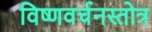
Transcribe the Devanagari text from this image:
विष्णवर्चनस्तोत्र